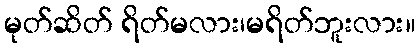
မုတ်ဆိတ် ရိတ်မလား၊မရိတ်ဘူးလား။